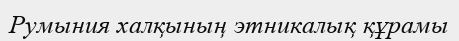
Румыния халқының этникалық құрамы